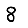
Digit: 8